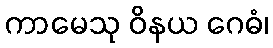
ကာမေသု ဝိနယ ဂေဓံ၊